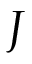
J